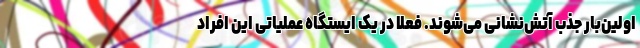
اولین‌بار جذب آتش‌نشانی می‌شوند. فعلاً در یک ایستگاه عملیاتی این افراد